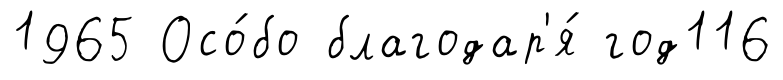
1965 Осо́бо благодар'я́ год116